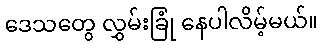
ဒေသတွေ လွှမ်းခြုံ နေပါလိမ့်မယ်။